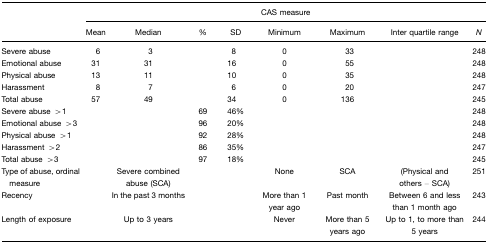
<table><thead><tr><td></td><td colspan="8"><b>CAS measure</b></td></tr><tr><td></td><td><b>Mean</b></td><td><b>Median</b></td><td><b>%</b></td><td><b>SD</b></td><td><b>Minimum</b></td><td><b>Maximum</b></td><td><b>Inter quartile range</b></td><td><b><i>N</i></b></td></tr></thead><tbody><tr><td>Severe abuse</td><td>6</td><td>3</td><td></td><td>8</td><td>0</td><td>33</td><td></td><td>248</td></tr><tr><td>Emotional abuse</td><td>31</td><td>31</td><td></td><td>16</td><td>0</td><td>55</td><td></td><td>248</td></tr><tr><td>Physical abuse</td><td>13</td><td>11</td><td></td><td>10</td><td>0</td><td>35</td><td></td><td>248</td></tr><tr><td>Harassment</td><td>8</td><td>7</td><td></td><td>6</td><td>0</td><td>20</td><td></td><td>247</td></tr><tr><td>Total abuse</td><td>57</td><td>49</td><td></td><td>34</td><td>0</td><td>136</td><td></td><td>245</td></tr><tr><td>Severe abuse &gt;1</td><td></td><td></td><td>69</td><td>46%</td><td></td><td></td><td></td><td>248</td></tr><tr><td>Emotional abuse &gt;3</td><td></td><td></td><td>96</td><td>20%</td><td></td><td></td><td></td><td>248</td></tr><tr><td>Physical abuse &gt;1</td><td></td><td></td><td>92</td><td>28%</td><td></td><td></td><td></td><td>248</td></tr><tr><td>Harassment &gt;2</td><td></td><td></td><td>86</td><td>35%</td><td></td><td></td><td></td><td>247</td></tr><tr><td>Total abuse &gt;3</td><td></td><td></td><td>97</td><td>18%</td><td></td><td></td><td></td><td>245</td></tr><tr><td>Type of abuse, ordinal measure</td><td></td><td>Severe combined abuse (SCA)</td><td></td><td></td><td>None</td><td>SCA</td><td>(Physical and others – SCA)</td><td>251</td></tr><tr><td>Recency</td><td></td><td>In the past 3 months</td><td></td><td></td><td>More than 1 year ago</td><td>Past month</td><td>Between 6 and less than 1 month ago</td><td>243</td></tr><tr><td>Length of exposure</td><td></td><td>Up to 3 years</td><td></td><td></td><td>Never</td><td>More than 5 years ago</td><td>Up to 1, to more than 5 years</td><td>244</td></tr></tbody></table>